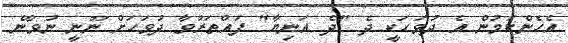
އެހެންކަމުން އެ ދުވަހަކީ ދެ "ދެ އަނިޔާ" ފައްތަރުވާ ދުވަހަށް ނޫނީ ނުވާނެ